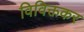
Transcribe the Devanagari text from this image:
विविक्तकर